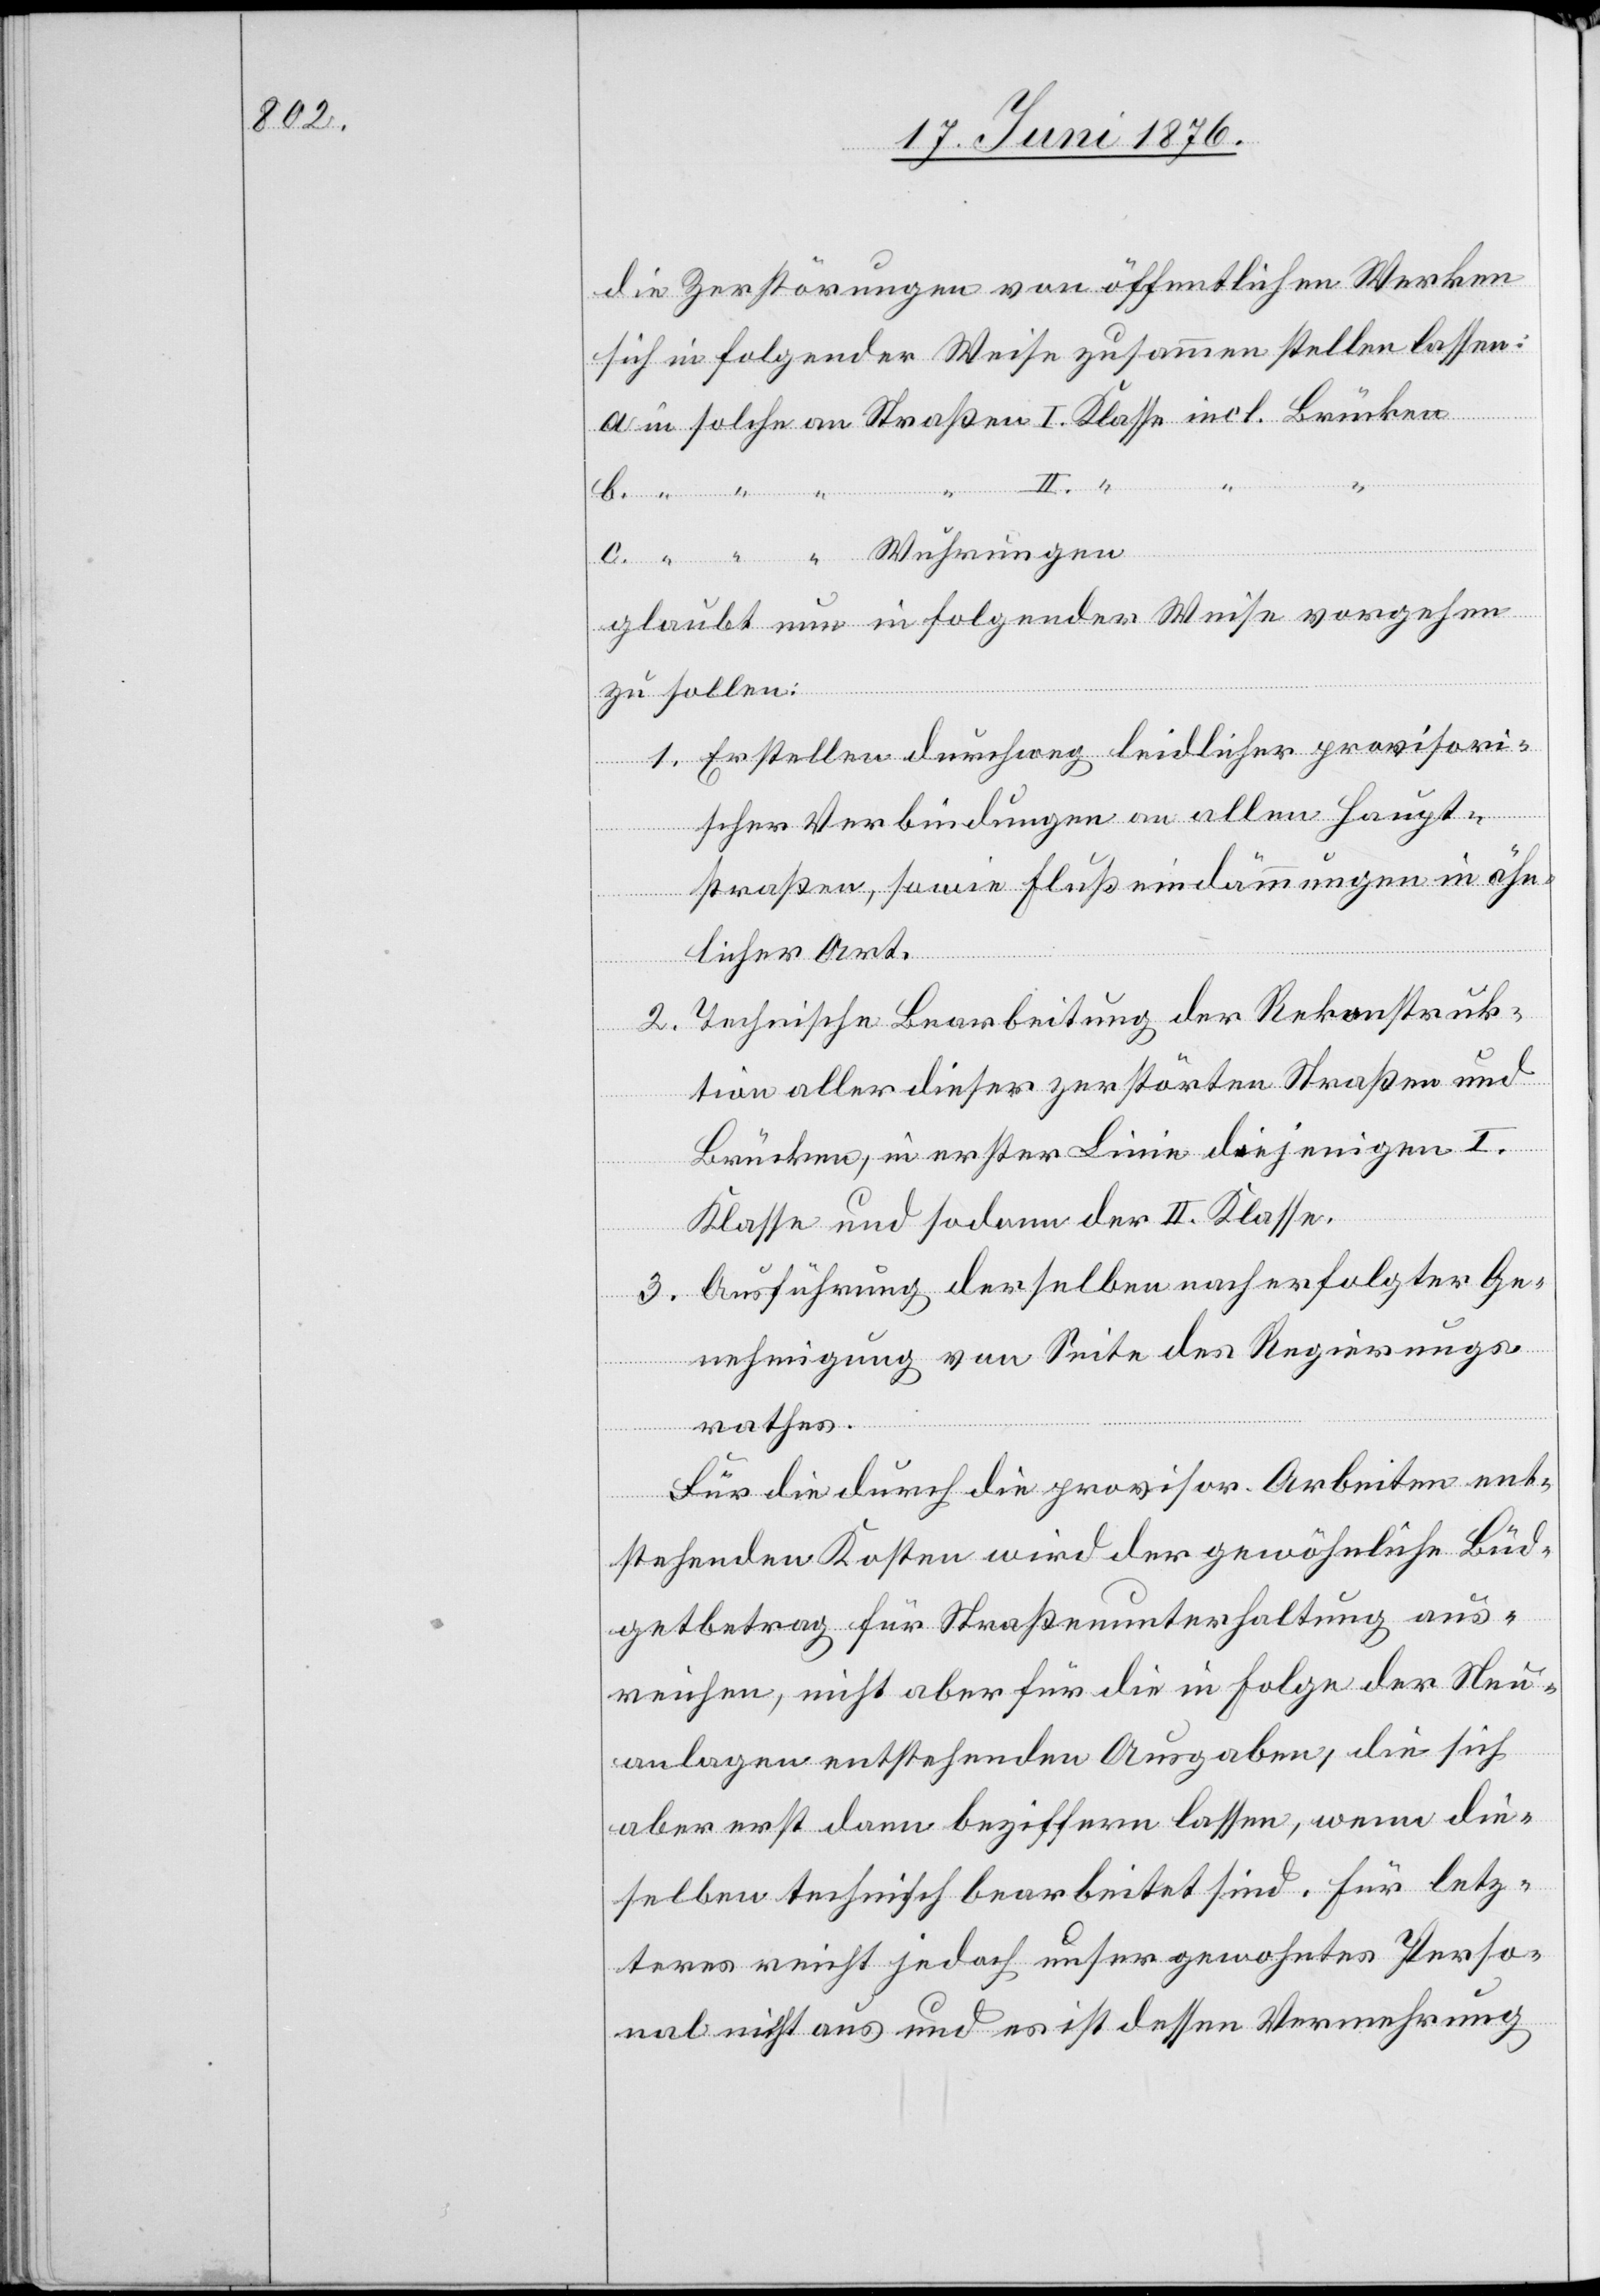
an

die Zerstörungen von öffentlichen Werken
sich in folgender Weise zusammen stellen lassen:
Wuhr¬
ungen.
glaubt nun in folgender Weise vorgehen
zu sollen:
1. Erstellen durchweg leidlicher provisori¬
scher Verbindungen an allen Haupt¬
straßen, sowie Flußeindämmungen in ähn¬
licher Art.
Technische Bearbeitung der Rekonstruk¬
2.
tion aller dieser zerstörten Straßen und
Brücken, in erster Linie diejenigen I.
Klasse und sodann der II. Klasse.
3. Ausführung derselben nach erfolgter Ge¬
nehmigung von Seite des Regierungs¬
rathes.
Für die durch die provisor. Arbeiten ent¬
stehenden Kosten wird der gewöhnliche Büd¬
getbetrag für Straßenunterhaltung aus¬
reichen, nicht aber für die in Folge der Neu¬
anlagen entstehenden Ausgaben, die sich
aber erst dann beziffern lassen, wenn die¬
selben technisch bearbeitet sind. Für letz¬
teres reicht jedoch unser gewohntes Perso¬
nal nicht aus und es ist dessen Vermehrung